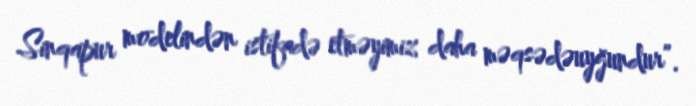
Sinqapur modelindən istifadə etməyimiz daha məqsədəuyğundur”.